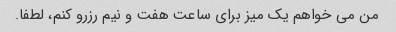
من می خواهم یک میز برای ساعت هفت و نیم رزرو کنم، لطفا.